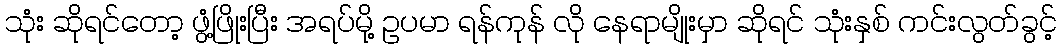
သုံး ဆိုရင်တော့ ဖွံ့ဖြိုးပြီး အရပ်မို့ ဥပမာ ရန်ကုန် လို နေရာမျိုးမှာ ဆိုရင် သုံးနှစ် ကင်းလွတ်ခွင့်